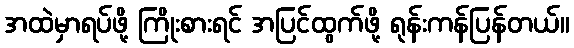
အထဲမှာရပ်ဖို့ ကြိုးစားရင် အပြင်ထွက်ဖို့ ရုန်းကန်ပြန်တယ်။